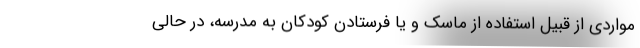
مواردی از قبیل استفاده از ماسک و یا فرستادن کودکان به مدرسه، در حالی